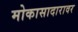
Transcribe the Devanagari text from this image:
मोकासादारावर